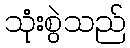
သုံးစွဲသည်